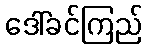
ဒေါ်ခင်ကြည်